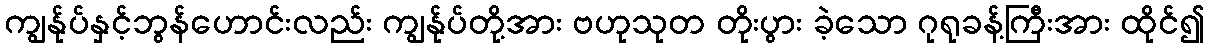
ကျွန်ုပ်နှင့်ဘွန်ဟောင်းလည်း ကျွန်ုပ်တို့အား ဗဟုသုတ တိုးပွား ခဲ့သော ဂုရုခန့်ကြီးအား ထိုင်၍